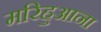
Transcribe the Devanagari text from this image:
मरिहुआना